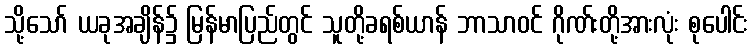
သို့သော် ယခုအချိန်၌ မြန်မာပြည်တွင် သူတို့ခရစ်ယာန် ဘာသာဝင် ဂိုဏ်းတို့အားလုံး စုပေါင်း